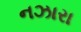
નઝારા